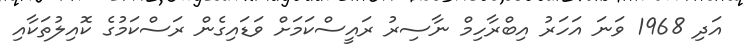
އަދި 1968 ވަނަ އަހަރު އިބްރާހިމް ނާސިރު ރައީސްކަމަށް ވަޑައިގެން ރަސްކަމުގެ ކޮއިލުތަކާއި